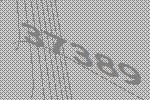
37389